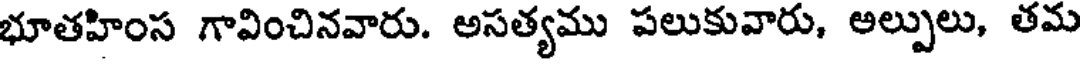
భూతహింస గావించినవారు. అసత్యము పలుకువారు, అల్పులు, తమ